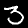
Label: 3